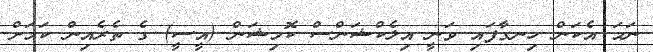
ނަމަ އެކަން ހިނގާފައި ވަނީ އިލެކްޝަންސް ކޮމިޝަން (އީސީ) ގެ ތެރެއިން ކަމަށް